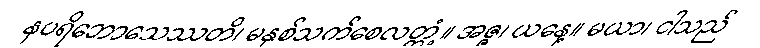
နပရိဘောသေဿတိ၊ မနှစ်သက်စေလတ္တံ့။ အဇ္ဇ၊ ယနေ့။ မယာ၊ ငါသည်